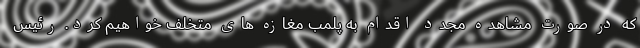
که در صورت مشاهده مجدد اقدام به پلمب مغازه های متخلف خواهیم کرد. رئیس